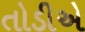
તોડીએ